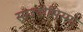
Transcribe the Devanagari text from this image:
साउदोसिस्मो